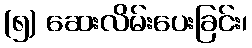
(၅) ဆေးလိမ်းပေးခြင်း၊